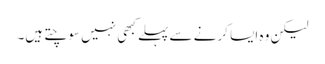
لیکن وہ ایسا کرنے سے پہلے کبھی نہیں سوچتے ہیں۔